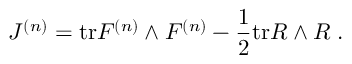
J ^ { ( n ) } = \mathrm { t r } F ^ { ( n ) } \wedge F ^ { ( n ) } - \frac { 1 } { 2 } \mathrm { t r } R \wedge R \; .